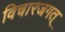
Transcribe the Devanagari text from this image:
विचारजगत्